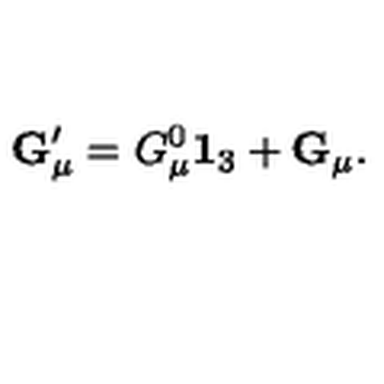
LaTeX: { \bf G } _ { \mu } ^ { \prime } = G _ { \mu } ^ { 0 } { \bf 1 } _ { 3 } + { \bf G } _ { \mu } .